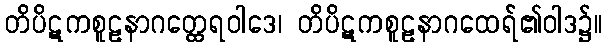
တိပိဋကစူဠနာဂတ္ထေရဝါဒေ၊ တိပိဋကစူဠနာဂထေရ်၏ဝါဒ၌။